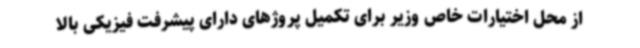
از محل اختیارات خاص وزیر برای تکمیل پروژهای دارای پیشرفت فیزیکی بالا